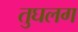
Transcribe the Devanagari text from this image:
तुघलग